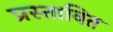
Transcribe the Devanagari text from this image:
प्रस्‍तावित